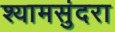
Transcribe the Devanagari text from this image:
श्यामसुंदरा